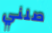
صلني